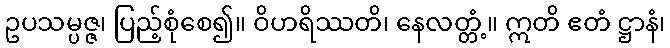
ဥပသမ္ပဇ္ဇ၊ ပြည့်စုံစေ၍။ ဝိဟရိဿတိ၊ နေလတ္တံ့။ ဣတိ ဧတံ ဋ္ဌာနံ၊